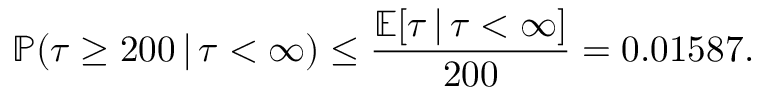
\mathbb { P } ( \tau \geq 2 0 0 \, | \, \tau < \infty ) \leq \frac { \mathbb { E } [ \tau \, | \, \tau < \infty ] } { 2 0 0 } = 0 . 0 1 5 8 7 .